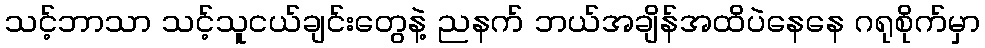
သင့်ဘာသာ သင့်သူငယ်ချင်းတွေနဲ့ ညနက် ဘယ်အချိန်အထိပဲနေနေ ဂရုစိုက်မှာ